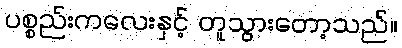
ပစ္စည်းကလေးနှင့် တူသွားတော့သည်။